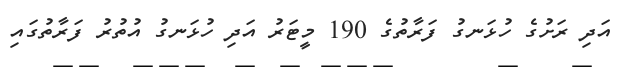
އަދި ރަށުގެ ހުޅަނގު ފަރާތުގެ 190 މީޓަރު އަދި ހުޅަނގު އުތުރު ފަރާތުގައި